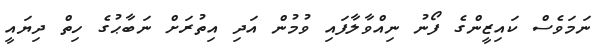
ނަމަވެސް ކައިޒީންގެ ފޯނު ނިއްވާލާފައި ވުމުން އަދި އިތުރަށް ނަބާޙުގެ ހިތް ދިޔައީ